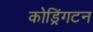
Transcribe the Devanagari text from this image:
कोड्रिंगटन